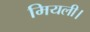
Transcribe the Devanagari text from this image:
मियली।